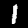
Digit: 1